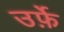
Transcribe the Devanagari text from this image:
उर्फ़े